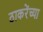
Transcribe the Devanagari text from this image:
ठाकरेंच्या